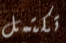
تكتمل